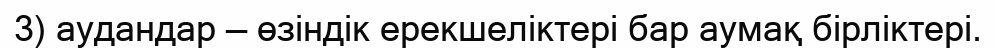
3) аудандар — өзіндік ерекшеліктері бар аумақ бірліктері.